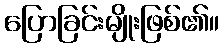
ပြောခြင်းမျိုးဖြစ်၏။